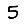
Digit: 5